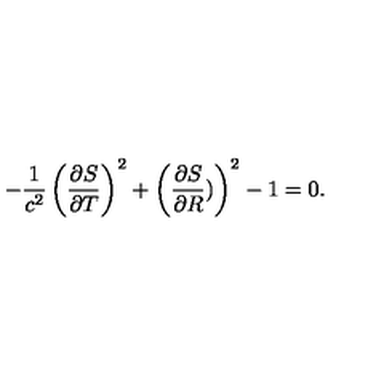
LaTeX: - \frac { 1 } { c ^ { 2 } } \left( \frac { \partial S } { \partial T } \right) ^ { 2 } + \left( \frac { \partial S } { \partial R } ) \right) ^ { 2 } - 1 = 0 .